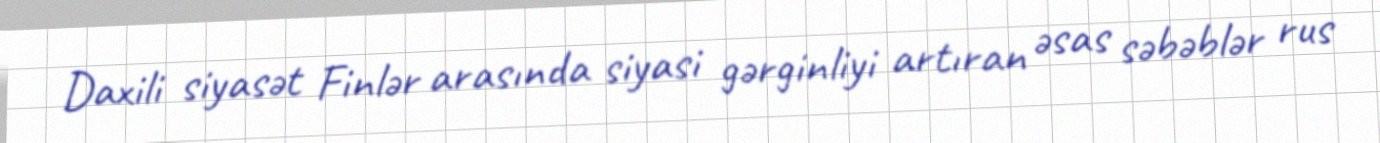
Daxili siyasət Finlər arasında siyasi gərginliyi artıran əsas səbəblər rus